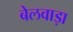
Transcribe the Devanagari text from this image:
बेलवाड़ा